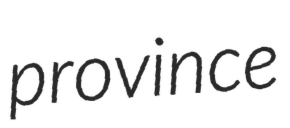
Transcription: province